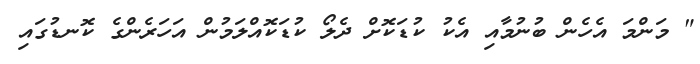
" މަންމަ އެހެން ބުނުމާއި އެކު ކުޑަކޮށް ދެލޯ ކުޑަކޮއްލަމުން އަހަރެންގެ ކޮނޑުގައި